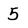
Character: 5